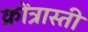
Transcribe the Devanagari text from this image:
क्रोंत्रास्ती